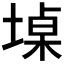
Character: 𮰨